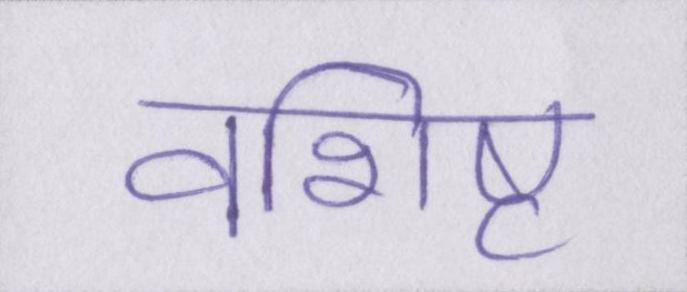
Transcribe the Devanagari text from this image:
वशिष्ट